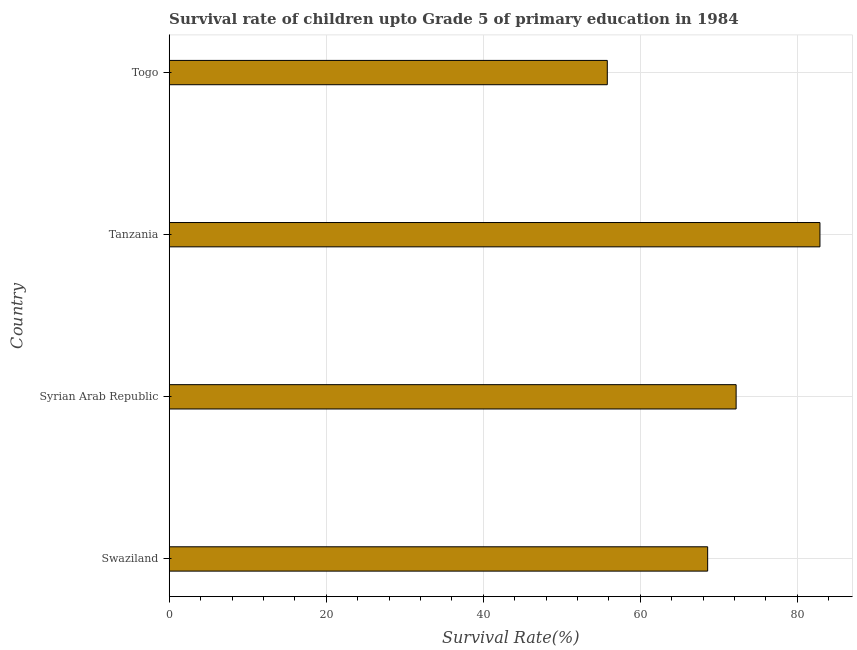
| Country | Survival rate |
 | --- | --- |
 | Swaziland | 68.6 |
 | Syrian Arab Republic | 72.2 |
 | Tanzania | 82.9 |
 | Togo | 55.8 |